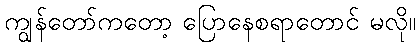
ကျွန်တော်ကတော့ ပြောနေစရာတောင် မလို။